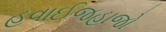
હવાઈજહાજો